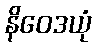
နိဝေဒယုံ